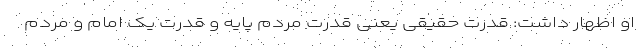
او اظهار داشت: قدرت حقیقی یعنی قدرت مردم پایه و قدرت یک امام و مردم